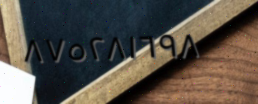
٨٧٥٢٨١٦٩٨